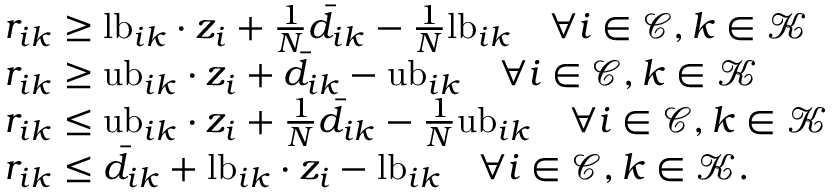
\begin{array} { r l } & { r _ { i k } \geq \mathrm { l b } _ { i k } \cdot z _ { i } + \frac { 1 } { N } \bar { d } _ { i k } - \frac { 1 } { N } \mathrm { l b } _ { i k } \quad \forall i \in \mathcal { C } , k \in \mathcal { K } } \\ & { r _ { i k } \geq \mathrm { u b } _ { i k } \cdot z _ { i } + \bar { d } _ { i k } - \mathrm { u b } _ { i k } \quad \forall i \in \mathcal { C } , k \in \mathcal { K } } \\ & { r _ { i k } \leq \mathrm { u b } _ { i k } \cdot z _ { i } + \frac { 1 } { N } \bar { d } _ { i k } - \frac { 1 } { N } \mathrm { u b } _ { i k } \quad \forall i \in \mathcal { C } , k \in \mathcal { K } } \\ & { r _ { i k } \leq \bar { d } _ { i k } + \mathrm { l b } _ { i k } \cdot z _ { i } - \mathrm { l b } _ { i k } \quad \forall i \in \mathcal { C } , k \in \mathcal { K } . } \end{array}